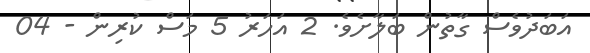
އަބަދުވެސް ގާތުން ބަލާށެވެ. 2 އަހަރު 5 މަސް ކުރިން - 04